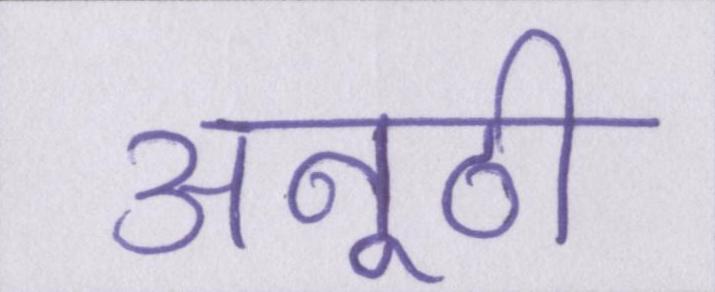
अनूठी